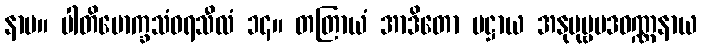
နာမ။ ပါတိမောက္ခသံဝရသီလံ ၁၄။ တတြာယံ အာဒိတော ပဋ္ဌာယ အနုပုဗ္ဗပဒဝဏ္ဏနာယ